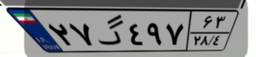
۲۷گ۴۹۷۶۳